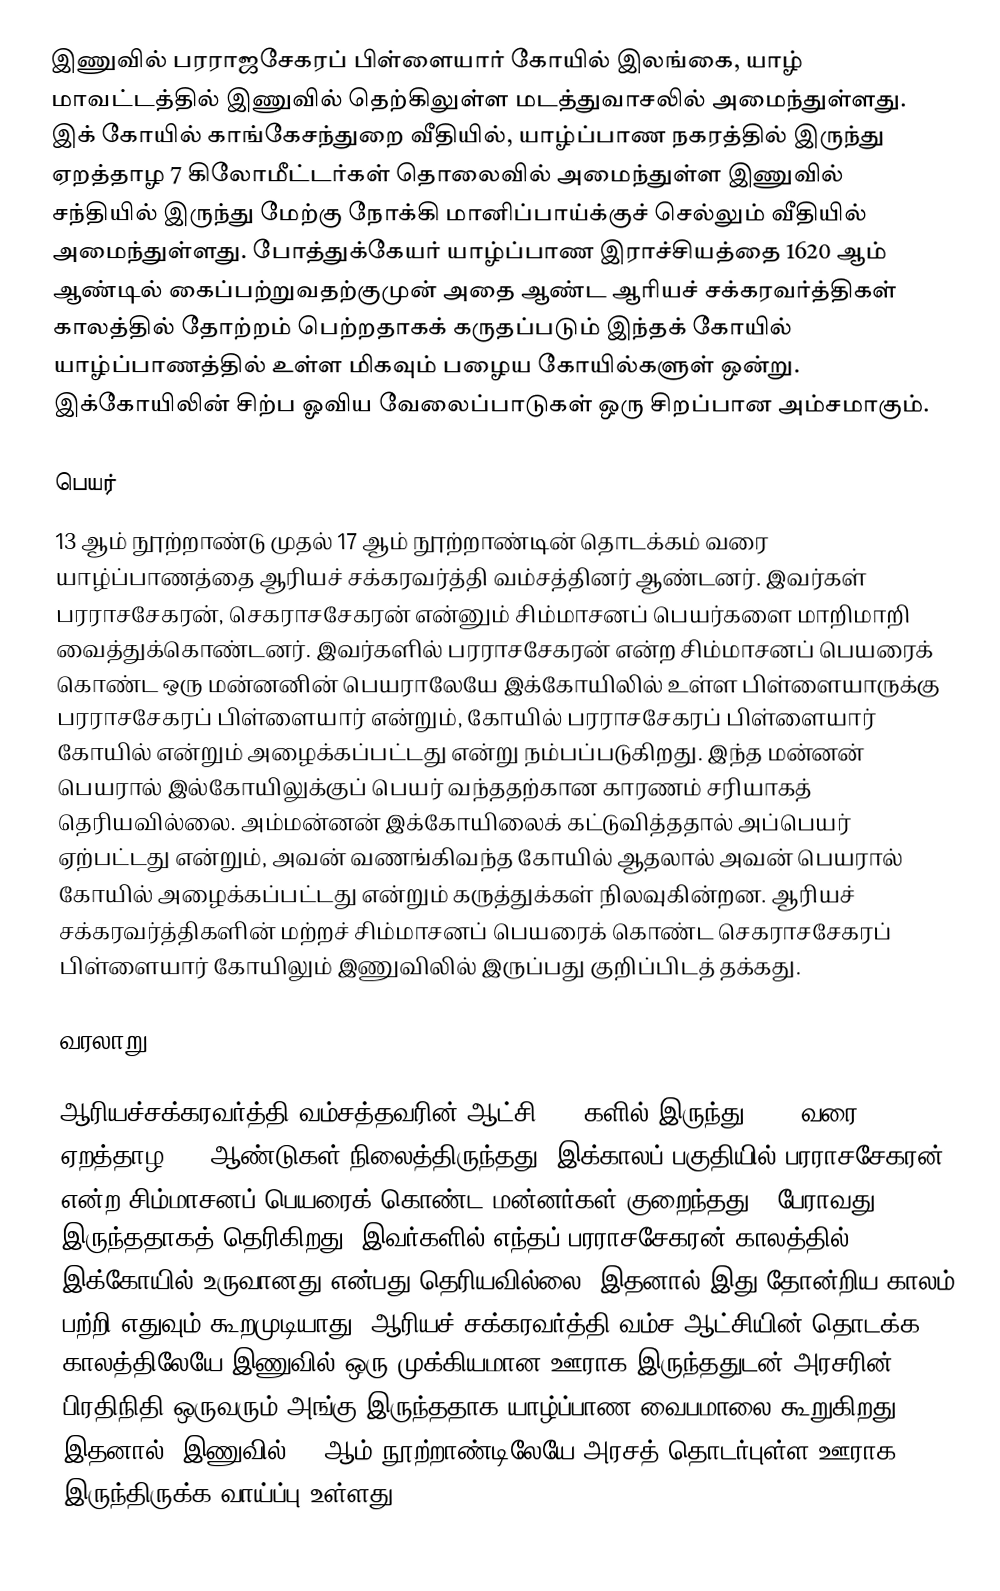
இணுவில் பரராஜசேகரப் பிள்ளையார் கோயில் இலங்கை, யாழ் மாவட்டத்தில் இணுவில் தெற்கிலுள்ள மடத்துவாசலில் அமைந்துள்ளது. இக் கோயில் காங்கேசந்துறை வீதியில், யாழ்ப்பாண நகரத்தில் இருந்து ஏறத்தாழ 7 கிலோமீட்டர்கள் தொலைவில் அமைந்துள்ள இணுவில் சந்தியில் இருந்து மேற்கு நோக்கி மானிப்பாய்க்குச் செல்லும் வீதியில் அமைந்துள்ளது. போத்துக்கேயர் யாழ்ப்பாண இராச்சியத்தை 1620 ஆம் ஆண்டில் கைப்பற்றுவதற்குமுன் அதை ஆண்ட ஆரியச் சக்கரவர்த்திகள் காலத்தில் தோற்றம் பெற்றதாகக் கருதப்படும் இந்தக் கோயில் யாழ்ப்பாணத்தில் உள்ள மிகவும் பழைய கோயில்களுள் ஒன்று. இக்கோயிலின் சிற்ப ஓவிய வேலைப்பாடுகள் ஒரு சிறப்பான அம்சமாகும்.

பெயர்
13 ஆம் நூற்றாண்டு முதல் 17 ஆம் நூற்றாண்டின் தொடக்கம் வரை யாழ்ப்பாணத்தை ஆரியச் சக்கரவர்த்தி வம்சத்தினர் ஆண்டனர். இவர்கள் பரராசசேகரன், செகராசசேகரன் என்னும் சிம்மாசனப் பெயர்களை மாறிமாறி வைத்துக்கொண்டனர். இவர்களில் பரராசசேகரன் என்ற சிம்மாசனப் பெயரைக் கொண்ட ஒரு மன்னனின் பெயராலேயே இக்கோயிலில் உள்ள பிள்ளையாருக்கு பரராசசேகரப் பிள்ளையார் என்றும், கோயில் பரராசசேகரப் பிள்ளையார் கோயில் என்றும் அழைக்கப்பட்டது என்று நம்பப்படுகிறது. இந்த மன்னன் பெயரால் இல்கோயிலுக்குப் பெயர் வந்ததற்கான காரணம் சரியாகத் தெரியவில்லை. அம்மன்னன் இக்கோயிலைக் கட்டுவித்ததால் அப்பெயர் ஏற்பட்டது என்றும், அவன் வணங்கிவந்த கோயில் ஆதலால் அவன் பெயரால் கோயில் அழைக்கப்பட்டது என்றும் கருத்துக்கள் நிலவுகின்றன. ஆரியச் சக்கரவர்த்திகளின் மற்றச் சிம்மாசனப் பெயரைக் கொண்ட செகராசசேகரப் பிள்ளையார் கோயிலும் இணுவிலில் இருப்பது குறிப்பிடத் தக்கது.

வரலாறு

ஆரியச்சக்கரவர்த்தி வம்சத்தவரின் ஆட்சி 1240களில் இருந்து 1620 வரை ஏறத்தாழ 380 ஆண்டுகள் நிலைத்திருந்தது. இக்காலப் பகுதியில் பரராசசேகரன் என்ற சிம்மாசனப் பெயரைக் கொண்ட மன்னர்கள் குறைந்தது 6 பேராவது இருந்ததாகத் தெரிகிறது. இவர்களில் எந்தப் பரராசசேகரன் காலத்தில் இக்கோயில் உருவானது என்பது தெரியவில்லை. இதனால் இது தோன்றிய காலம் பற்றி எதுவும் கூறமுடியாது. ஆரியச் சக்கரவர்த்தி வம்ச ஆட்சியின் தொடக்க காலத்திலேயே இணுவில் ஒரு முக்கியமான ஊராக இருந்ததுடன் அரசரின் பிரதிநிதி ஒருவரும் அங்கு இருந்ததாக யாழ்ப்பாண வைபமாலை கூறுகிறது. இதனால், இணுவில் 13 ஆம் நூற்றாண்டிலேயே அரசத் தொடர்புள்ள ஊராக இருந்திருக்க வாய்ப்பு உள்ளது.